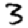
Digit: 3